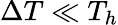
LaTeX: \Delta T\ll T_{h}